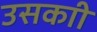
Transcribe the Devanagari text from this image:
उसकाी